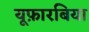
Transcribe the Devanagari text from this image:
यूफ़ारबिया